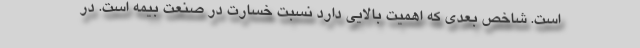
است. شاخص بعدی که اهمیت بالایی دارد نسبت خسارت در صنعت بیمه است. در